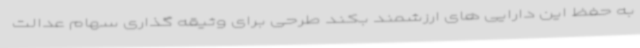
به حفظ این دارایی های ارزشمند بکند طرحی برای وثیقه گذاری سهام عدالت